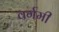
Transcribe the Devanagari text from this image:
वर्गमी